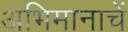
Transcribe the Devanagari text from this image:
अभिमानाचें